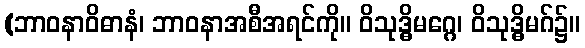
(ဘာဝနာဝိဓာနံ၊ ဘာဝနာအစီအရင်ကို။ ဝိသုဒ္ဓိမဂ္ဂေ၊ ဝိသုဒ္ဓိမဂ်၌။